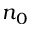
n _ { 0 }